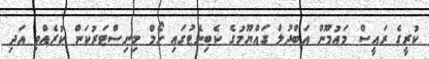
ކުރީގެ ރައީސް މައުމޫން އަބްދުލް ގައްޔޫމުގެ ކެބިނެޓުގައި ހޯމް މިނިސްޓަރުކަން ކުރެއްވި އަދި